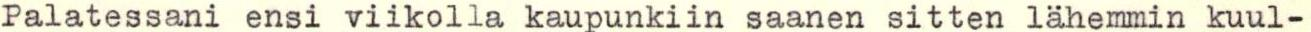
Palatessani ensi viikolla kaupunkiin saanen sitten lähemmin kuul-